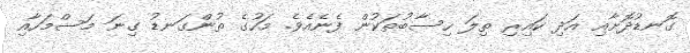
ގޮނޑުދޮށާއި އަދި ކައިރި ތިލަ ހިސާބުތަކުން ފެނެއެވެ. މަހުގެ ތުންގަނޑު ގިނަ މަސްމަހާއި